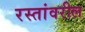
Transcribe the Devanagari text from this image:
रस्तांवरील